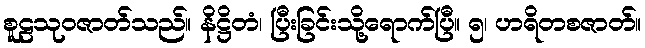
စူဠသုဝဇာတ်သည်။ နိဋ္ဌိတံ၊ ပြီးခြင်းသို့ရောက်ပြီ။ ၅၊ ဟရိတစဇာတ်။